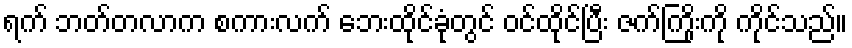
ရက် ဘတ်တလာက စကားလက် ဘေးထိုင်ခုံတွင် ဝင်ထိုင်ပြီး ဇက်ကြိုးကို ကိုင်သည်။